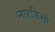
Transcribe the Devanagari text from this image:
नारकिसो